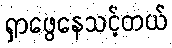
ရှာဖွေနေသင့်တယ်